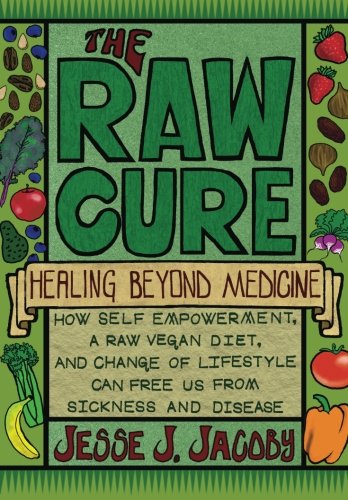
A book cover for The Raw Cure: Healing Beyond Medicine: How self-empowerment, a raw vegan diet, and change of lifestyle can free us from sickness and disease.; Jesse J Jacoby; Cookbooks, Food & Wine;